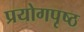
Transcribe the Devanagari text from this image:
प्रयोगपृष्ठ